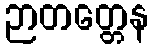
ဉာတတ္တေန